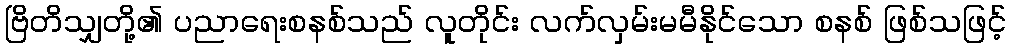
ဗြိတိသျှတို့၏ ပညာရေးစနစ်သည် လူတိုင်း လက်လှမ်းမမီနိုင်သော စနစ် ဖြစ်သဖြင့်